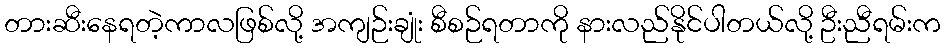
တားဆီးနေရတဲ့ကာလဖြစ်လို့ အကျဉ်းချုံး စီစဉ်ရတာကို နားလည်နိုင်ပါတယ်လို့ ဦးညီရမ်းက